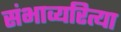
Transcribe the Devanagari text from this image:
संभाव्यरित्या